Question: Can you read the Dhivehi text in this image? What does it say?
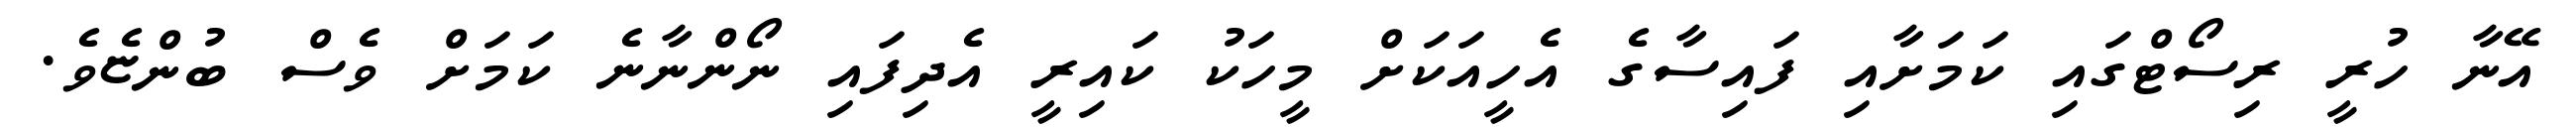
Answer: އޭނާ ހުރީ ރިސޯޓްގައި ކަމަށާއި ފައިސާގެ އެހީއަކަށް މީހަކު ކައިރީ އެދިފައި ނޯންނާނެ ކަމަށް ވެސް ބުންޏެވެ.